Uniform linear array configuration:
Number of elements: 12
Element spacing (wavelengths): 1
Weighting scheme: kaiser
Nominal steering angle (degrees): -60
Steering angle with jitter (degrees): -61.426
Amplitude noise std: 0.05
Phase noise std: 0.05

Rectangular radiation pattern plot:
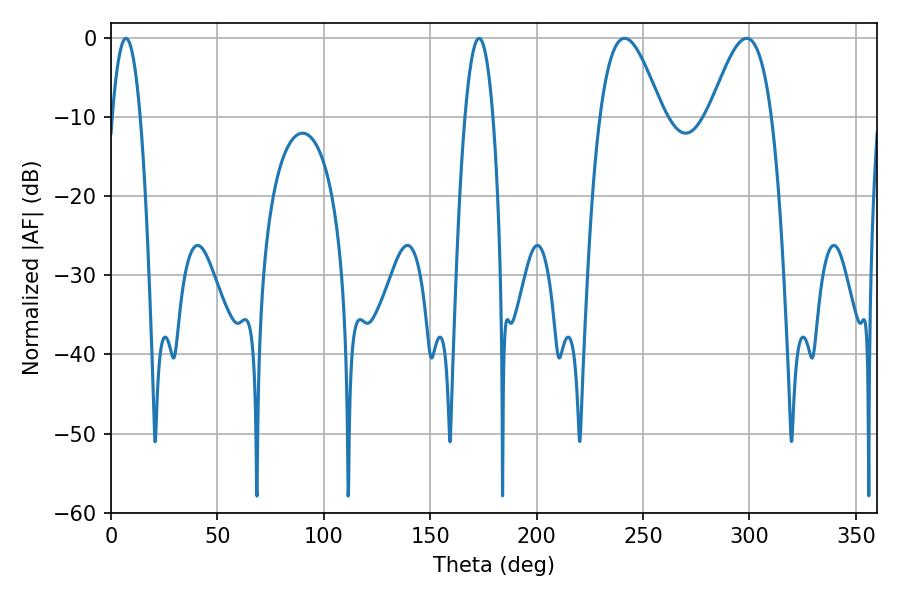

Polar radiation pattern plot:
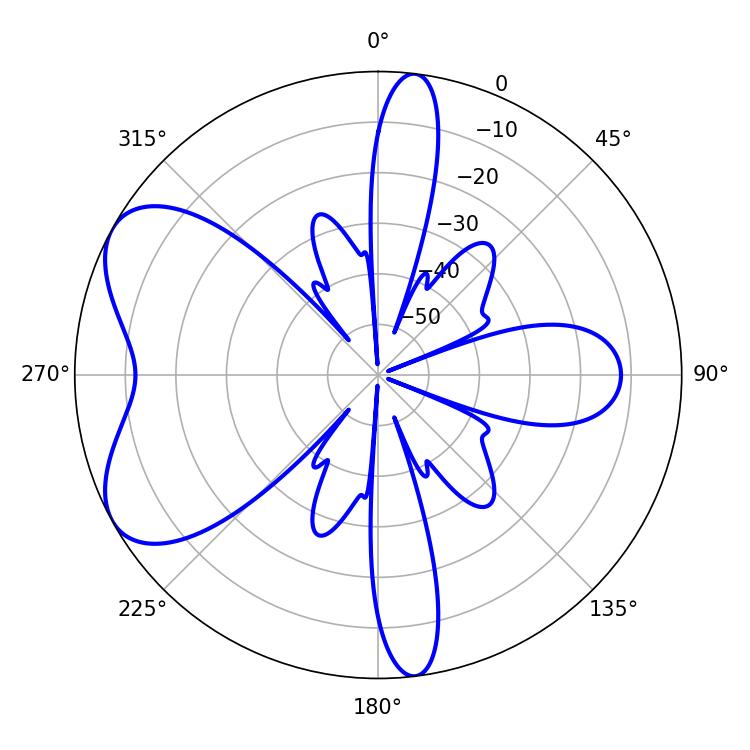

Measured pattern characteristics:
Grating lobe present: TRUE
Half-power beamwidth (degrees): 7.2
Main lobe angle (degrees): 7.02